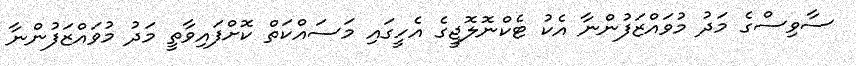
ސާވިސްގެ މަދު މުވައްޒަފުންނާ އެކު ޓެކްނޮލޮޖީގެ އެހީގައި މަސައްކަތް ކޮށްފައިވާތީ މަދު މުވައްޒަފުންނާ